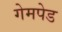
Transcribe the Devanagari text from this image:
गेमपेड